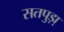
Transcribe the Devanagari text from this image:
सतपुड़ा़